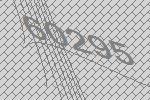
60295